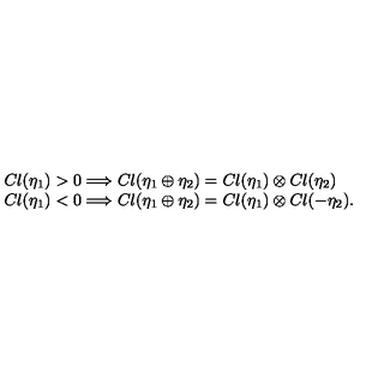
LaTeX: \begin{array} { l } { C l ( \eta _ { 1 } ) > 0 \Longrightarrow C l ( \eta _ { 1 } \oplus \eta _ { 2 } ) = C l ( \eta _ { 1 } ) \otimes C l ( \eta _ { 2 } ) } \\ { C l ( \eta _ { 1 } ) < 0 \Longrightarrow C l ( \eta _ { 1 } \oplus \eta _ { 2 } ) = C l ( \eta _ { 1 } ) \otimes C l ( - \eta _ { 2 } ) . } \\ \end{array}